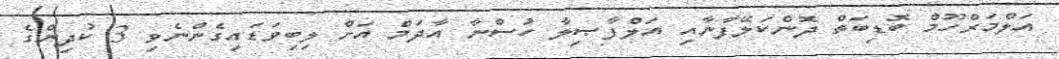
އަލްމަރްހޫމް ބޮޑިބަތް ދޮންކަލޭފާނާއި އަލްފާޞިލާ ހުސްނާ އާދަމް އަށް ލިބިވަޑައިގެންނެވި 3 ކުދިންގެ